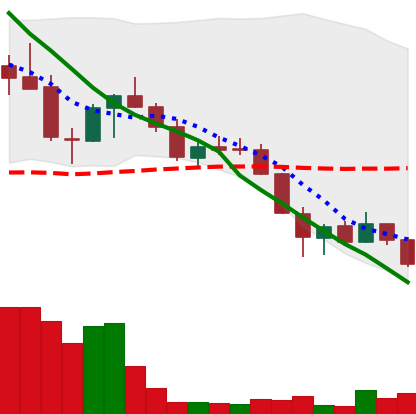
Ticker: LINK-USD
Chart end date: 2018-05-28
Forward return: 16.292%
Label: up_7plus